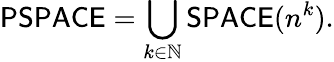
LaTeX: {\mathsf{PSPACE}}=\bigcup_{k\in\mathbb{N}}{\mathsf{SPACE}}(n^{k}).